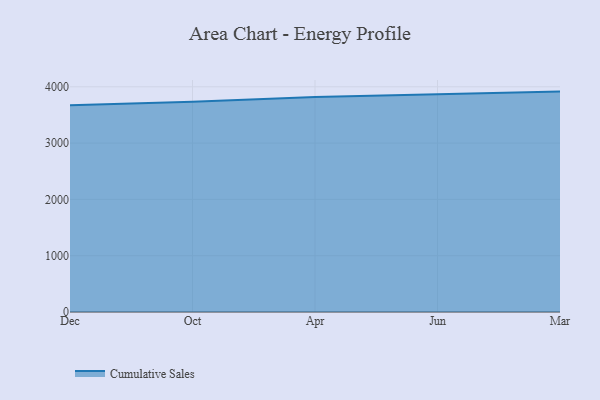
{"axis": {"x": "Month", "y": "LTV (USD)"}, "legend": ["Cumulative Sales"], "data": [{"x": "Dec", "y": 3672.2, "type": "Cumulative Sales"}, {"x": "Oct", "y": 3732.7, "type": "Cumulative Sales"}, {"x": "Apr", "y": 3818.7, "type": "Cumulative Sales"}, {"x": "Jun", "y": 3861.9, "type": "Cumulative Sales"}, {"x": "Mar", "y": 3914.5, "type": "Cumulative Sales"}]}